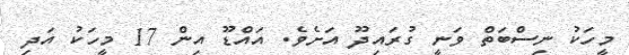
މީހަކު ނިސްބަތް ވަނީ ގުރައިދޫ އަށެވެ. އައްޑޫ އިން 17 މީހަކު އަދި